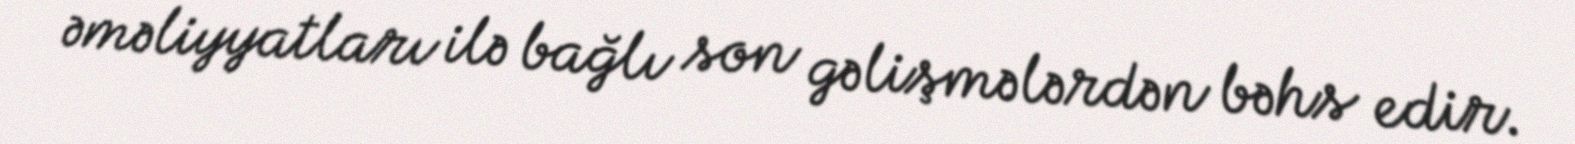
əməliyyatları ilə bağlı son gəlişmələrdən bəhs edir.